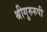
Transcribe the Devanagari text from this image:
श्रीगुरुरुपी